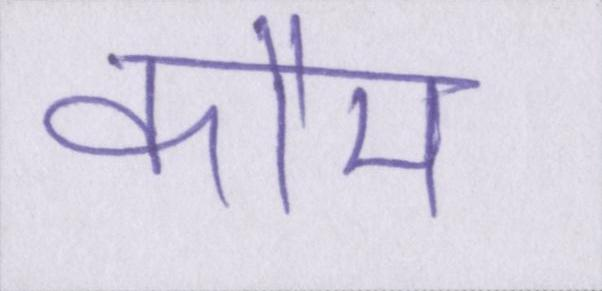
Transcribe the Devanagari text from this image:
कौम